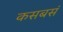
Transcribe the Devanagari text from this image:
कसबसं